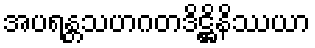
အပရန္တသဟဂတဒိဋ္ဌိနိဿယာ